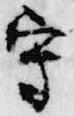
守